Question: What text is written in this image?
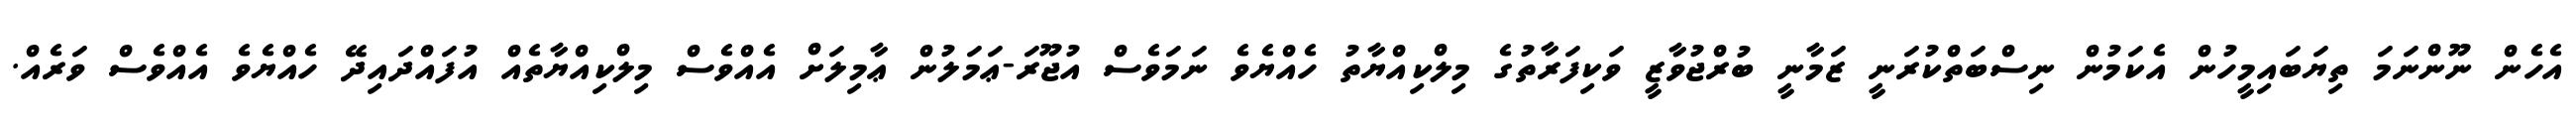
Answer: އެހެން ނޫންނަމަ ތިޔަބައިމީހުން އެކަމުން ނިސްބަތްކުރަނީ ޒަމާނީ ބުރްޖުވާޒީ ވަކިފަރާތުގެ މިލްކިއްޔާތު ހެއްޔެވެ ނަމަވެސް އުޖޫރަ-ޢަމަލުން ޢާމިލަށް އެއްވެސް މިލްކިއްޔާތެއް އުފައްދައިދޭ ހެއްޔެވެ އެއްވެސް ވަރެއް.